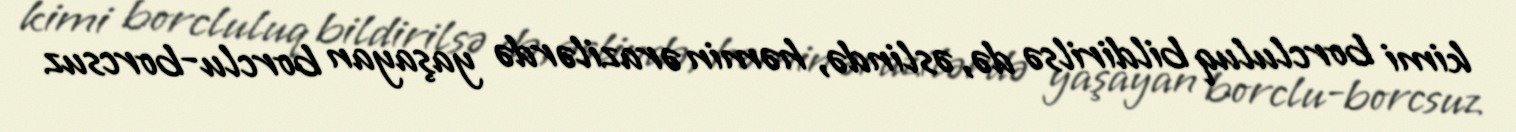
kimi borcluluq bildirilsə də, əslində, həmin ərazilərdə yaşayan borclu-borcsuz